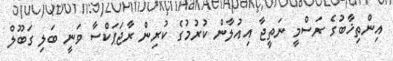
އިންތިޚާބުގެ ރަސްމީ ނަތީޖާ އިއުލާން ކުރުމުގެ ކުރިން ރާޖަޕަކްސާ ވަނީ ބަލި ގަބޫލް